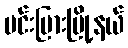
မင်းပြားမြို့နယ်